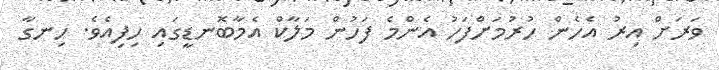
ވަރަށް އިރު އެހެން ހުރުމަށްފަހު އެންމެ ފަހުން މަލާކް އެމާބޮނޑީގައި ހިފިއެވެ. ހިނގާ